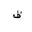
Letter: _qaf